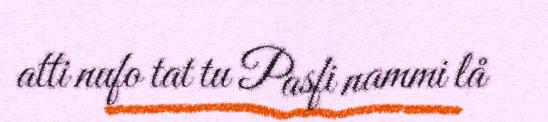
atti nufo tat tu Pasfi nammi lå